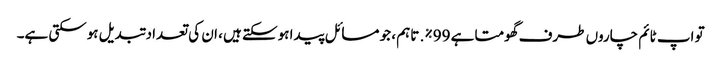
تو اپ ٹائم چاروں طرف گھومتا ہے 99٪. تاہم ، جو مسائل پیدا ہوسکتے ہیں ، ان کی تعداد تبدیل ہوسکتی ہے۔